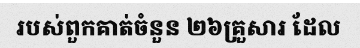
របស់ពួកគាត់ចំនួន ២៦គ្រួសារ ដែល